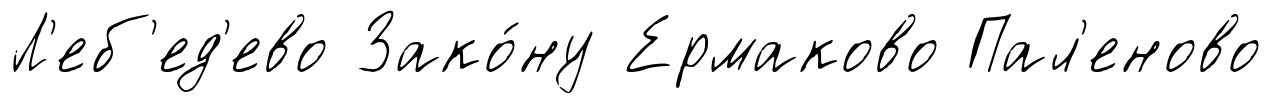
Л'еб'ед'ево Зако́ну Ермаково Пал'еново